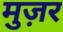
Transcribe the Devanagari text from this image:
मुज़र